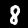
Digit: 8